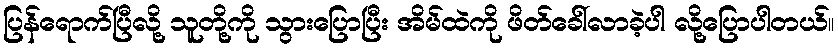
ပြန်ရောက်ပြီလို့ သူတို့ကို သွားပြောပြီး အိမ်ထဲကို ဖိတ်ခေါ်လာခဲ့ပါ လို့ပြောပါတယ်။